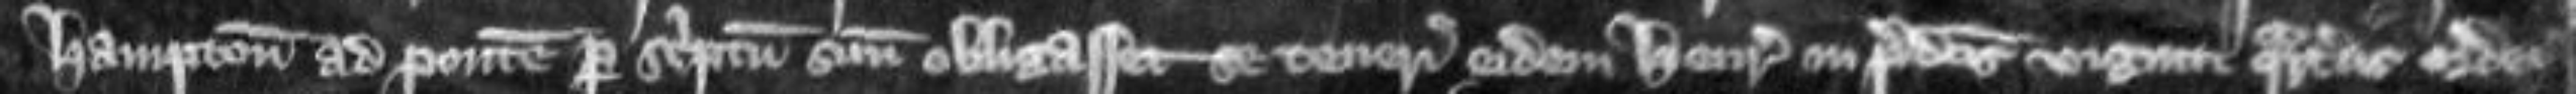
Hampton ad pontem per scriptum suum obligasset se teneri eidem Henrico in predictis viginti quarteriis ordei